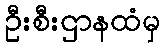
ဦးစီးဌာနထံမှ